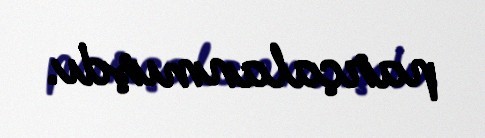
parçalanmışdı.